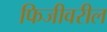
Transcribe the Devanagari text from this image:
फिजीवरील